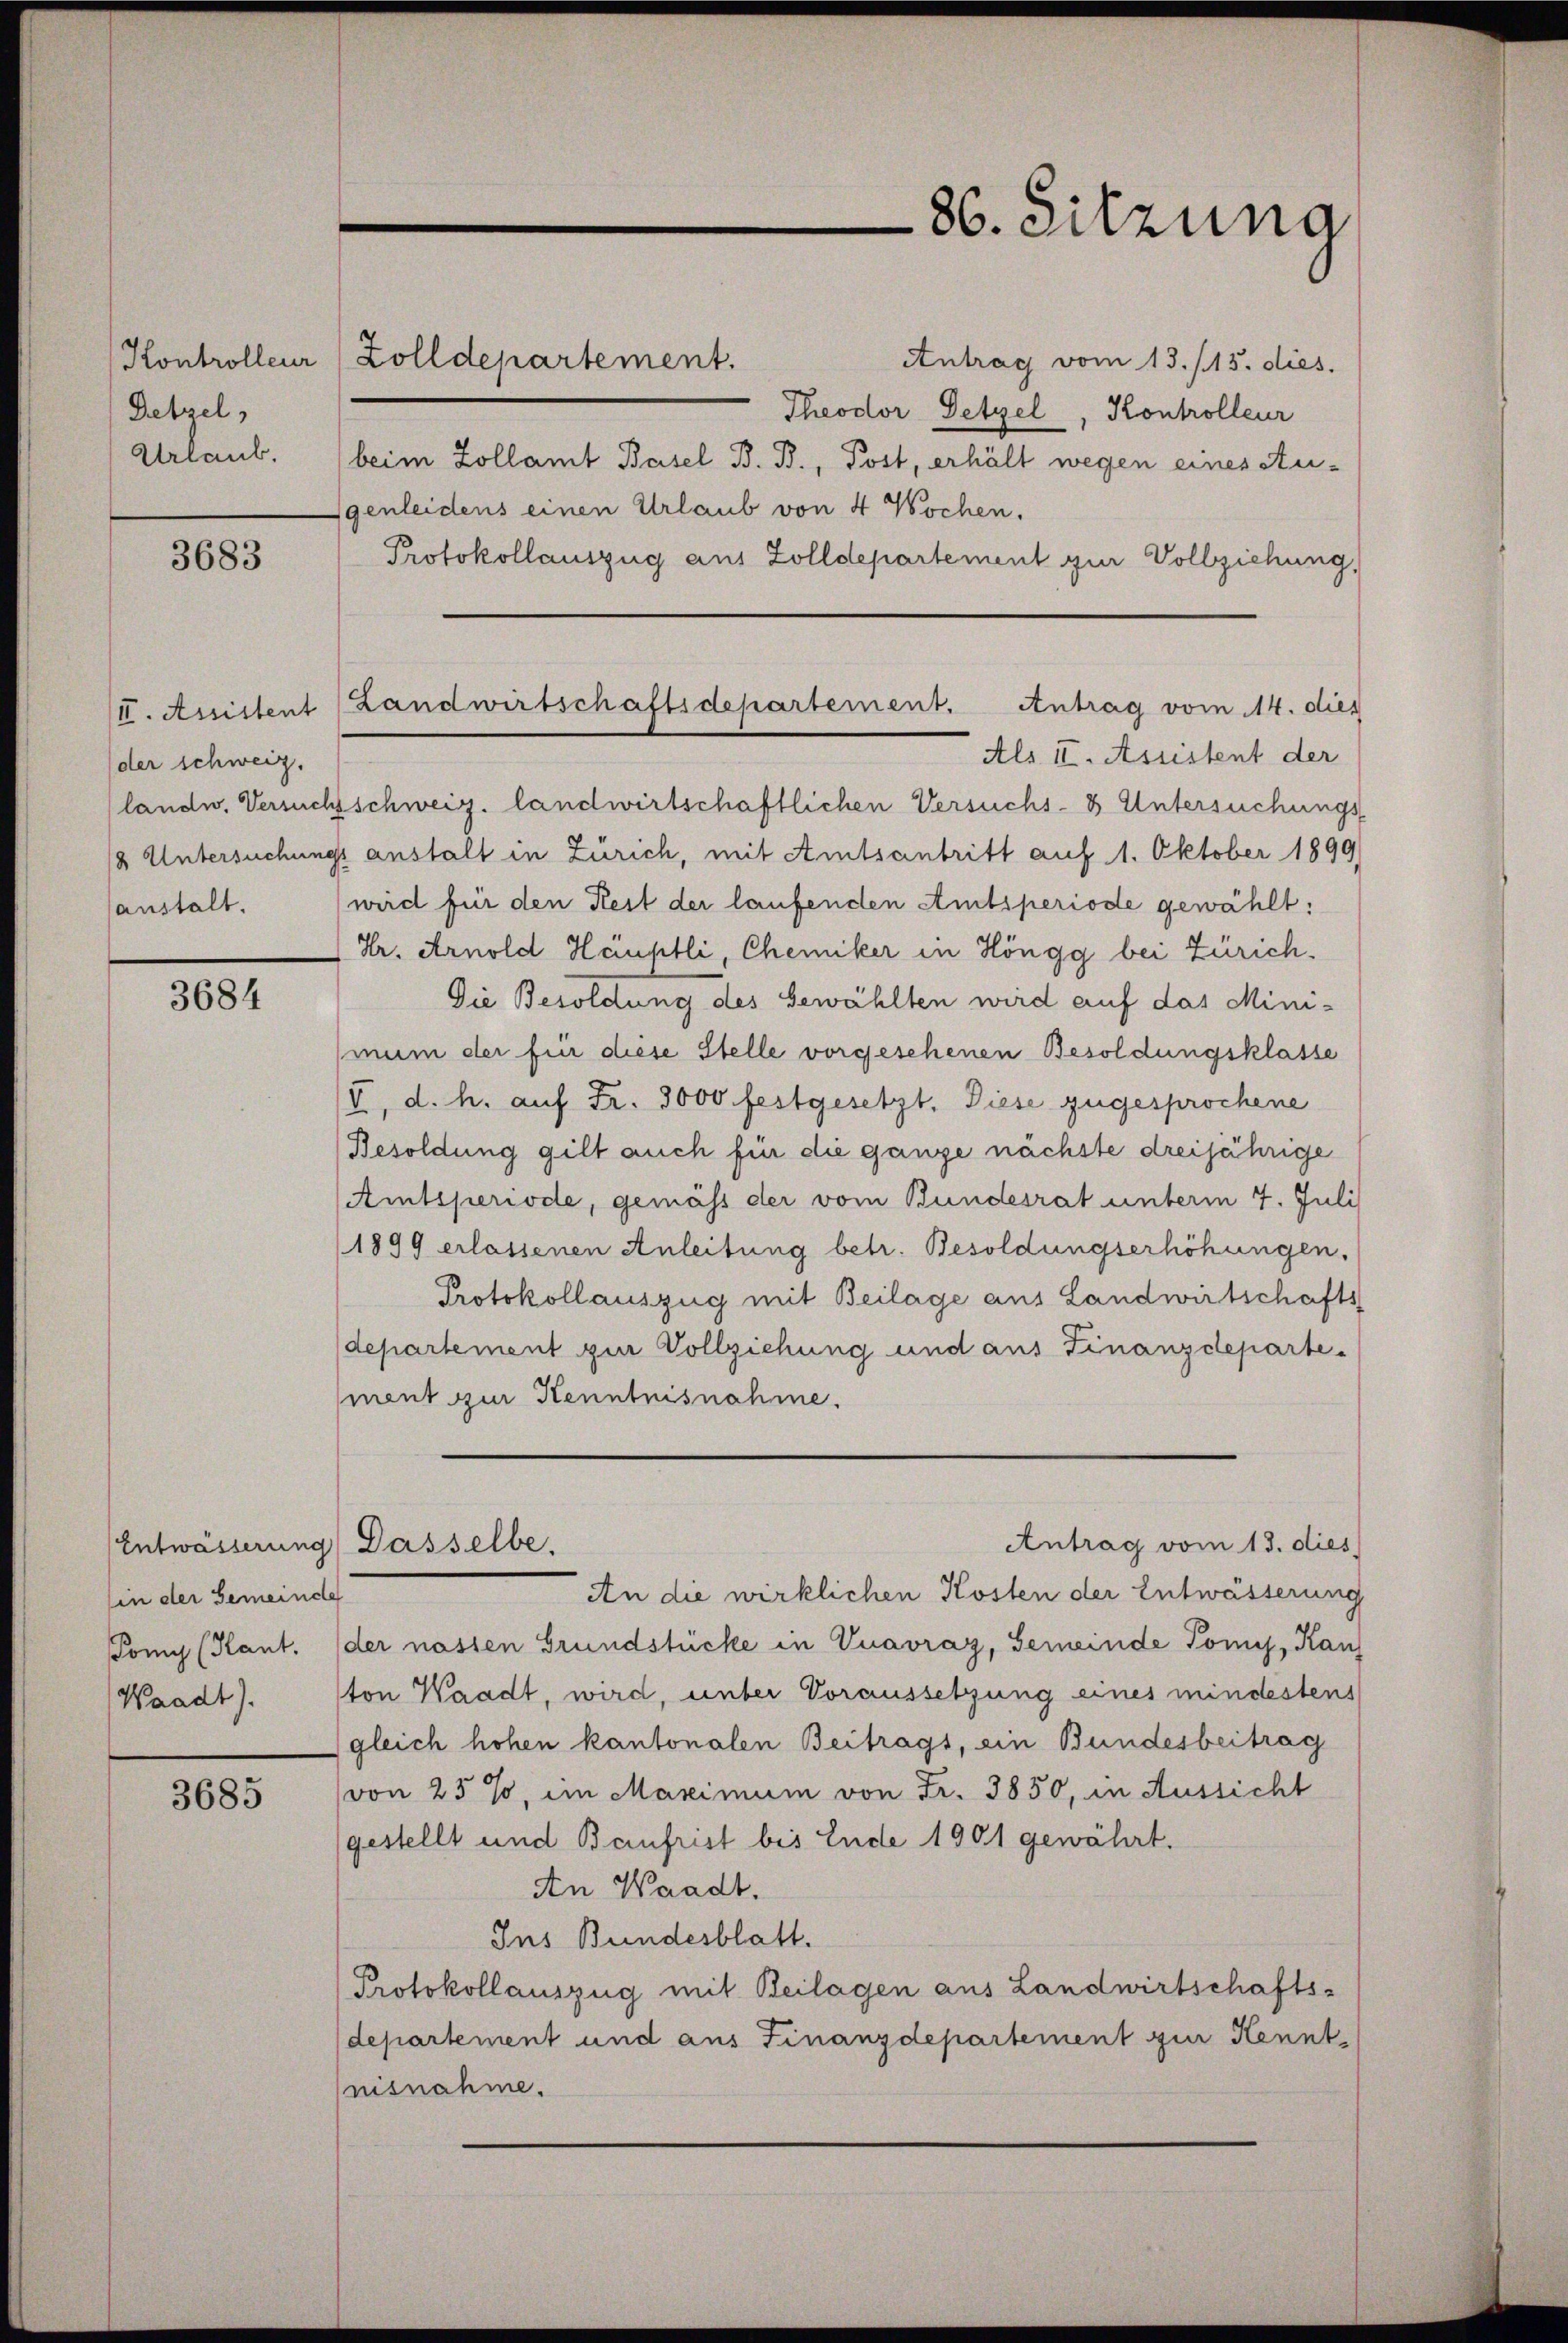
Kontrolleur
Detzel
Urlaub.

3683

der schweiz.

3684

(in der Gemeinde
Tomi (Kant.
Waadt).

3685

Zolldepartement.

86. Sitzung

Antrag vom 13./15. dies
Theodor Detzel, Kontrolleur
beim Zollamt Basel B. B., Post, erhält wegen eines Au-
genleidens einen Urlaub von 4 Wochen.
Protokollauszug aus Zolldepartement zur Vollziehung,
Als II. Assistent der
landw. Versuchschweiz. landwirtschaftlichen Versuchs- & Untersuchungs-
18 Untersuchungs anstalt in Zürich, mit Amtsantritt auf 1. Oktober 1899/
sanstalt. wird für den Rest der laufenden Amtsperiode gewählt:
Dr. Arnold Häuptli, Chemiker in Höngg bei Zürich.
Die Besoldung des Gewählten wird auf das Mini-
mum der für diese Stelle vorgesehenen Besoldungsklasse
V. d. h. auf Fr. 3000 festgesetzt. Diese zugesprochene
Besoldung gilt auch für die ganze nächste dreijährige
(Amtsperiode, gemäss der vom Bundesrat unterm 7. Juli
1899 erlassenen Anleitung betr. Besoldungserhöhungen.
Protokollauszug mit Beilage aus Landwirtschafts
departement zur Vollziehung und aus Finanzdepartement zur Kenntnisnahme.
Antrag vom 13. dies
Entwässerung) Dasselbe.
An die wirklichen Kosten der Entwässerung
der nassen Grundstücke in Vnavraz, Gemeinde Tomis, Kan
ton Waadt, wird, unter Voraussetzung eines mindestens
gleich hohen kantonalen Beitrags, ein Bundesbeitrag
von 25 %, im Maximum von Fr. 3850, in Aussicht
(gestellt und Baufrist bis Ende 1901 gewährt.
An Waadt.
Ins Bundesblatt.
Protokollauszug mit Beilagen aus Landwirtschafts-
departement und aus Finanzdepartement zur Kenntnisnahme.

II. Ausstent (Landwirtschaftsdepartement. Antrag vom 14. dies